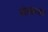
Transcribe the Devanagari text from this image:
ओतकामाचे